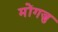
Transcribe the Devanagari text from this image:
मोंगजु